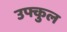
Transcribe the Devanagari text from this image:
उफ्कुल